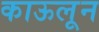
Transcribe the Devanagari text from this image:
काऊलून